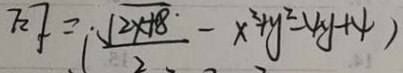
7 2 7 = ( \frac { \sqrt { 2 x + 8 } } { 2 } - x ^ { 2 } + y ^ { 2 } - 4 y + 4 )